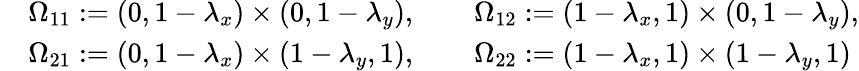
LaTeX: \begin{array}{rl}&{\Omega_{11}:=(0,1-\lambda_{x})\times(0,1-\lambda_{y}),\quad\quad\Omega_{12}:=(1-\lambda_{x},1)\times(0,1-\lambda_{y}),}\\ &{\Omega_{21}:=(0,1-\lambda_{x})\times(1-\lambda_{y},1),\quad\quad\Omega_{22}:=(1-\lambda_{x},1)\times(1-\lambda_{y},1)}\end{array}